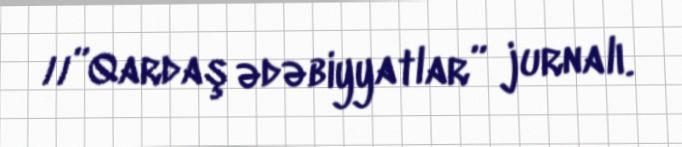
//”Qardaş ədəbiyyatlar” jurnalı.